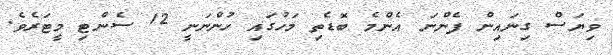
ވިޔަސް ގިނައިން ފެންނަ އެންމެ ބޮޑެތި މަހުގައި ހުންނަނީ 12 ސެންޓި މީޓަރެވެ.